system: You are a helpful assistant.
user:
Analyze the provided spectrum to determine if it is a **S-type Star**.

- **Key Indicators for S-type Star:**

    - **(Overall Spectrum Shape):** The first and most obvious characteristic is the overall continuum (the "baseline" shape). It is **extremely "red-sloping,"** meaning the flux (light intensity) is very low on the left side (blue, ~4000-4500 Å) and rises steeply and continuously toward the right side (red, ~7000 Å+).

    - **(Primary):** The spectrum is defined by the presence of strong, broad molecular absorption "valleys" (bands) from **Zirconium Oxide (ZrO)**. The identification of these bands is the **primary requirement** for classifying a star as S-type.
        - **(Key Bandheads):** You must find distinct, deep "dips" where the light has been absorbed. The most critical band systems to locate are:
            - **~6474 Å** ($\gamma$-system): This is often the strongest and clearest ZrO feature, found in the red part of the spectrum.
            - **~5718 Å** & **~5551 Å** ($\beta$-system): A pair of prominent absorption features in the yellow-orange part of the spectrum.
            - **~4640 Å** ($\alpha$-system): A key absorption band system in the blue-green region of the spectrum.

    - **(Secondary Confirmation):** The classification is strengthened by finding additional absorption bands from other related heavy element oxides, which are expected to be present alongside ZrO.
        - **(Key Bandheads):**
            - **Yttrium Oxide (YO):** Look for absorption dips near **~4800 Å** and **~6100 Å**.
            - **Lanthanum Oxide (LaO):** Additional absorption features, particularly in the red-orange part of the spectrum, are also characteristic.

    - **(Line Profile):** The combination of the steep red continuum and these numerous, deep molecular bands (ZrO, YO, etc.) gives the entire spectrum a very **"chopped-up"** or **"bumpy"** appearance. Instead of a smooth curve, the spectrum looks as though large, wide chunks of light have been "carved out" of it at the specific wavelengths listed above.

Think first, call **spectral_visualization_tool** if needed to examine features in detail, then provide your final answer. Your response must adhere to the following strict rules:
1.  **Overall Structure:** Your response must follow the format `<think>...</think> <tool_call>...</tool_call> (if a tool is used) <answer>...</answer>`.
2.  **Tool Usage Constraint:** You may only make **one** tool call per turn.
3.  **Final Answer Format:** In the `<answer>` tag, your conclusion must be inside a `\boxed{}` command (e.g., `\boxed{YES}` or `\boxed{NO}`), followed by your justification.

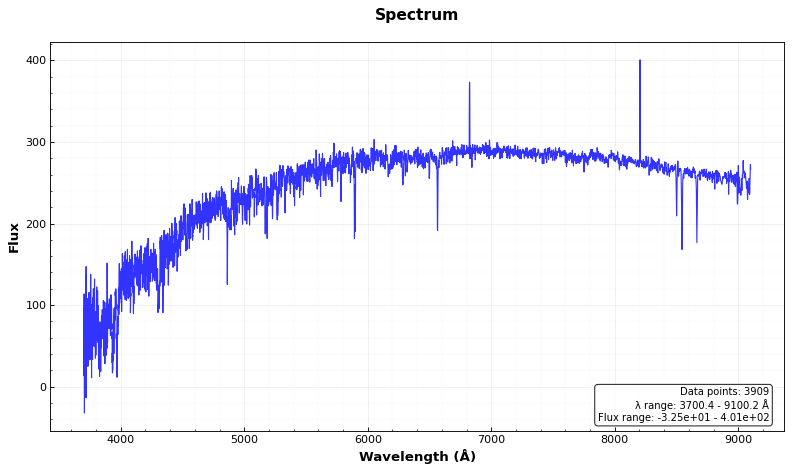
Answer: NO